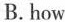
B.how